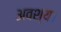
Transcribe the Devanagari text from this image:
अवश्य।